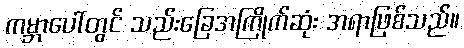
ကမ္ဘာပေါ်တွင် သည်းခြေအကြိုက်ဆုံး အရာဖြစ်သည်။